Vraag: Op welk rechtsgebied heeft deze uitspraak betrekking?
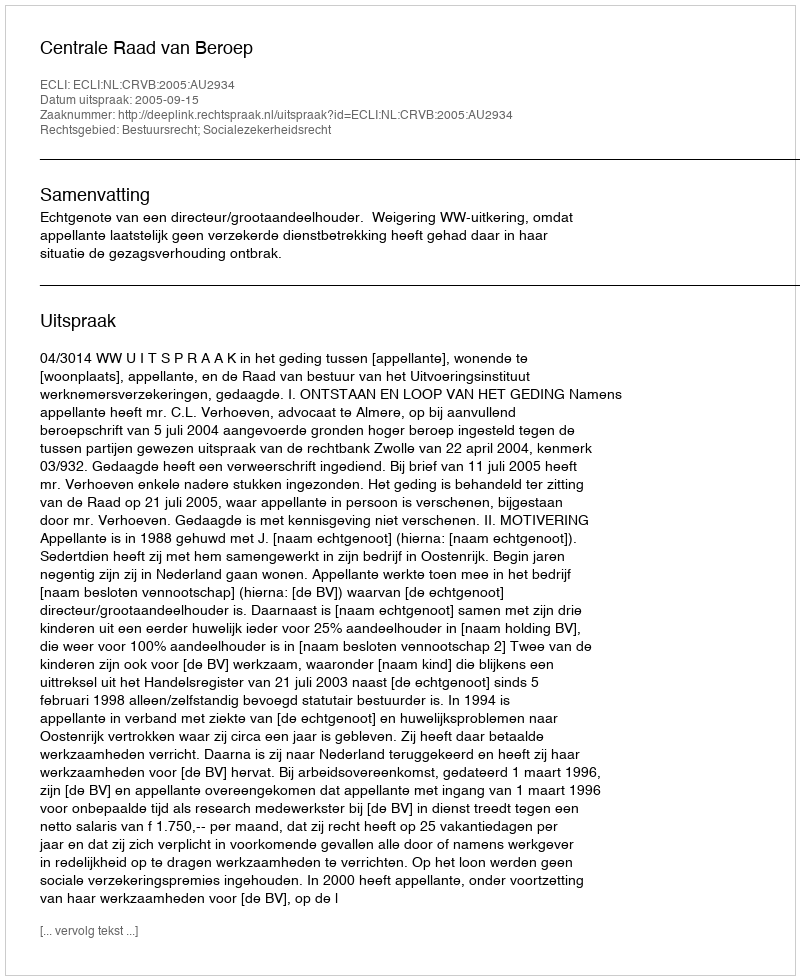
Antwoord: Bestuursrecht; Socialezekerheidsrecht